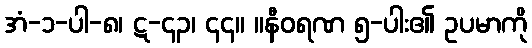
အံ-၁-ပါ-၈၊ ဋ-၄၃၊ ၄၄။ ။နီဝရဏ ၅-ပါး၏ ဥပမာကို